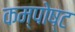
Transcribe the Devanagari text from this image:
कम्पोष्ट